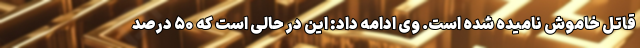
قاتل خاموش نامیده شده است. وی ادامه داد: این در حالی است که ۵۰ درصد